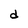
Character: d